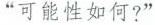
“可能性如何?”